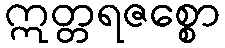
ဣတ္တရဇစ္စော